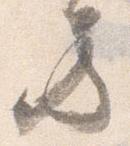
方